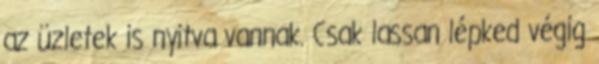
az üzletek is nyitva vannak. Csak lassan lépked végig